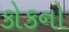
કોકનો